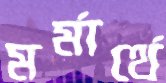
মর্মার্থে